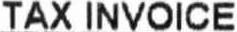
TAX INVOICE